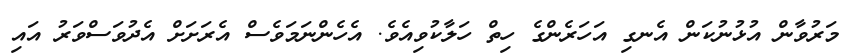
މަރުވާން އުޅުނުކަން އެނގި އަހަރެންގެ ހިތް ހަލާކުވިއެވެ. އެހެންނަމަވެސް އެރަށަށް އެދުވަސްވަރު އައި